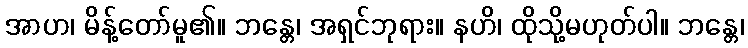
အာဟ၊ မိန့်တော်မူ၏။ ဘန္တေ၊ အရှင်ဘုရား။ နဟိ၊ ထိုသို့မဟုတ်ပါ။ ဘန္တေ၊